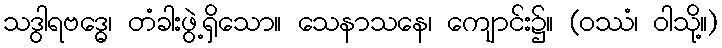
သဒွါရဗဒ္ဓေ၊ တံခါးဖွဲ့ရှိသော။ သေနာသနေ၊ ကျောင်း၌။ (ဝဿံ၊ ဝါသို့။)